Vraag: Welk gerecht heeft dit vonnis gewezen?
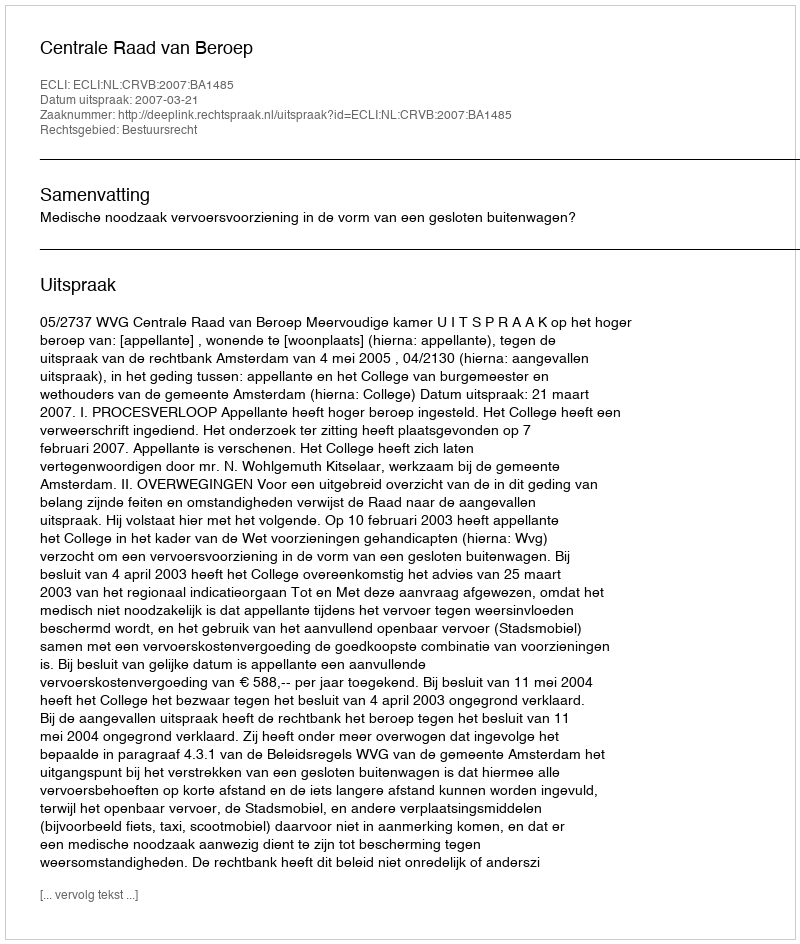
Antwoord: Centrale Raad van Beroep